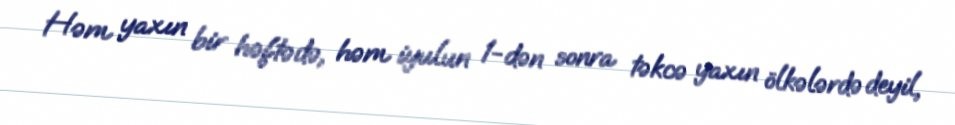
Həm yaxın bir həftədə, həm iyulun 1-dən sonra təkcə yaxın ölkələrdə deyil,